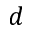
d